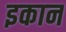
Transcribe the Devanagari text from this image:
इकान